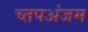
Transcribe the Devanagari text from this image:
च्तपअंजम